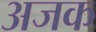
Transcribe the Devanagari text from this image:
अजक